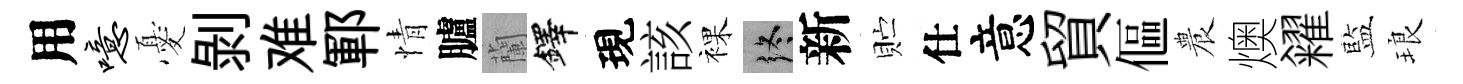
用噫憂剝难鄆情臚蘭鐸現該裸终新贮仕意貿傴農燠糴藍琅